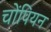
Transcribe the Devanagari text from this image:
चोंपियन